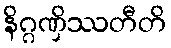
နိဂ္ဂဏှိဿတီတိ